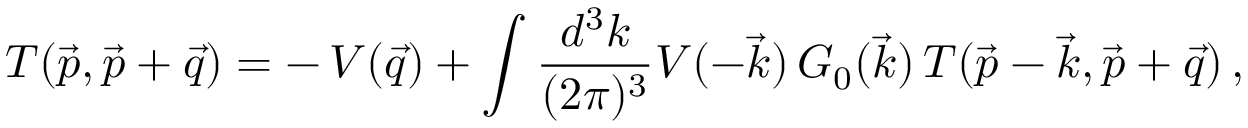
T ( \vec { p } , \vec { p } + \vec { q } ) = - \, V ( \vec { q } ) + \int { \frac { d ^ { 3 } k } { ( 2 \pi ) ^ { 3 } } } V ( - \vec { k } ) \, G _ { 0 } ( \vec { k } ) \, T ( \vec { p } - \vec { k } , \vec { p } + \vec { q } ) \, ,